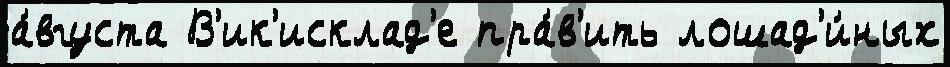
а́вгуста В'ик'исклад'е пра́в'ить лошад'и́ных